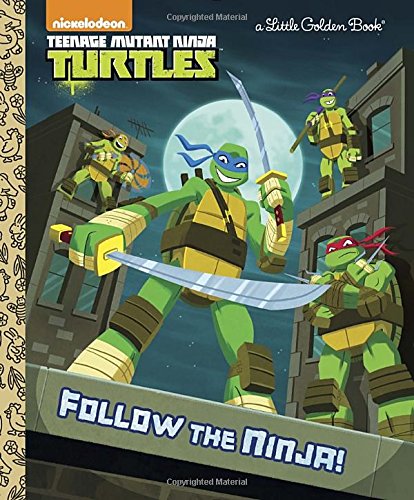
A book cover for Follow the Ninja! (Teenage Mutant Ninja Turtles) (Little Golden Book); Golden Books; Children's Books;